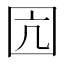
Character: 囥